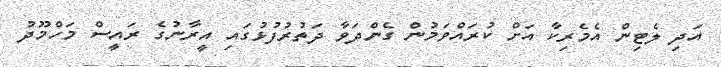
އަދި ލެޓިން އެމެރިކާ އަށް ކުރައްވަމުން ގެންދަވާ ދަތުރުފުޅުގައި އީރާނުގެ ރައީސް މަހްމޫދު